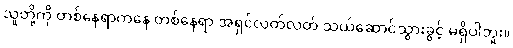
သူတို့ကို တစ်နေရာကနေ တစ်နေရာ အရှင်လတ်လတ် သယ်ဆောင်သွားခွင့် မရှိပါဘူး။